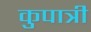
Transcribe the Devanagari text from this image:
कुपात्री